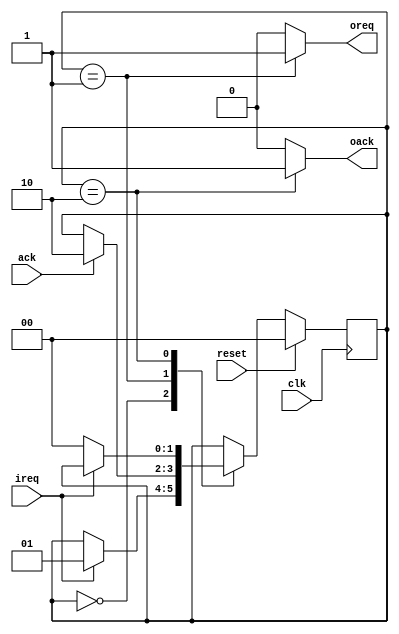
module req_buffer
   (
   clk, ireq, oreq, ack, oack, reset 
      );
   
   input clk;
   input ireq;
   input ack;
   output oreq;
   output oack;
   input reset;
   
   
   localparam IDLE = 0;
   localparam REQ = 1;
   localparam DONE = 2;
   
   
   reg [1:0] r_state, c_state;
   reg c_req;
   reg c_ack;
   
   always @* begin
      c_state = r_state;
      c_req = 0;
      c_ack = 0;
      
      case (r_state)
         IDLE: begin
            if (ireq)
               c_state = REQ;
         end
         REQ: begin
            c_req = 1;
            
            if(ack)
               c_state = DONE;
         end
         DONE: begin
            c_ack=1;
            if(~ireq)
               c_state = IDLE;
         end
      endcase
   end
   
   always @(posedge clk) begin
         r_state <= reset ? IDLE : c_state;
   end
         
   assign oreq = c_req;
   assign oack = c_ack;
         
	
endmodule